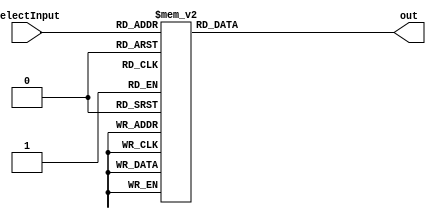
module demux8(selectInput, out); 
output reg [7:0] out;
input [2:0] selectInput;
always@(selectInput) begin
case(selectInput)
0: out = 8'b00000001;
1: out = 8'b00000010;
2: out = 8'b00000100;
3: out = 8'b00001000;
4: out = 8'b00010000;
5: out = 8'b00100000;
6: out = 8'b01000000;
7: out = 8'b10000000;
endcase
end
endmodule